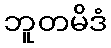
ဘူတမိဒံ